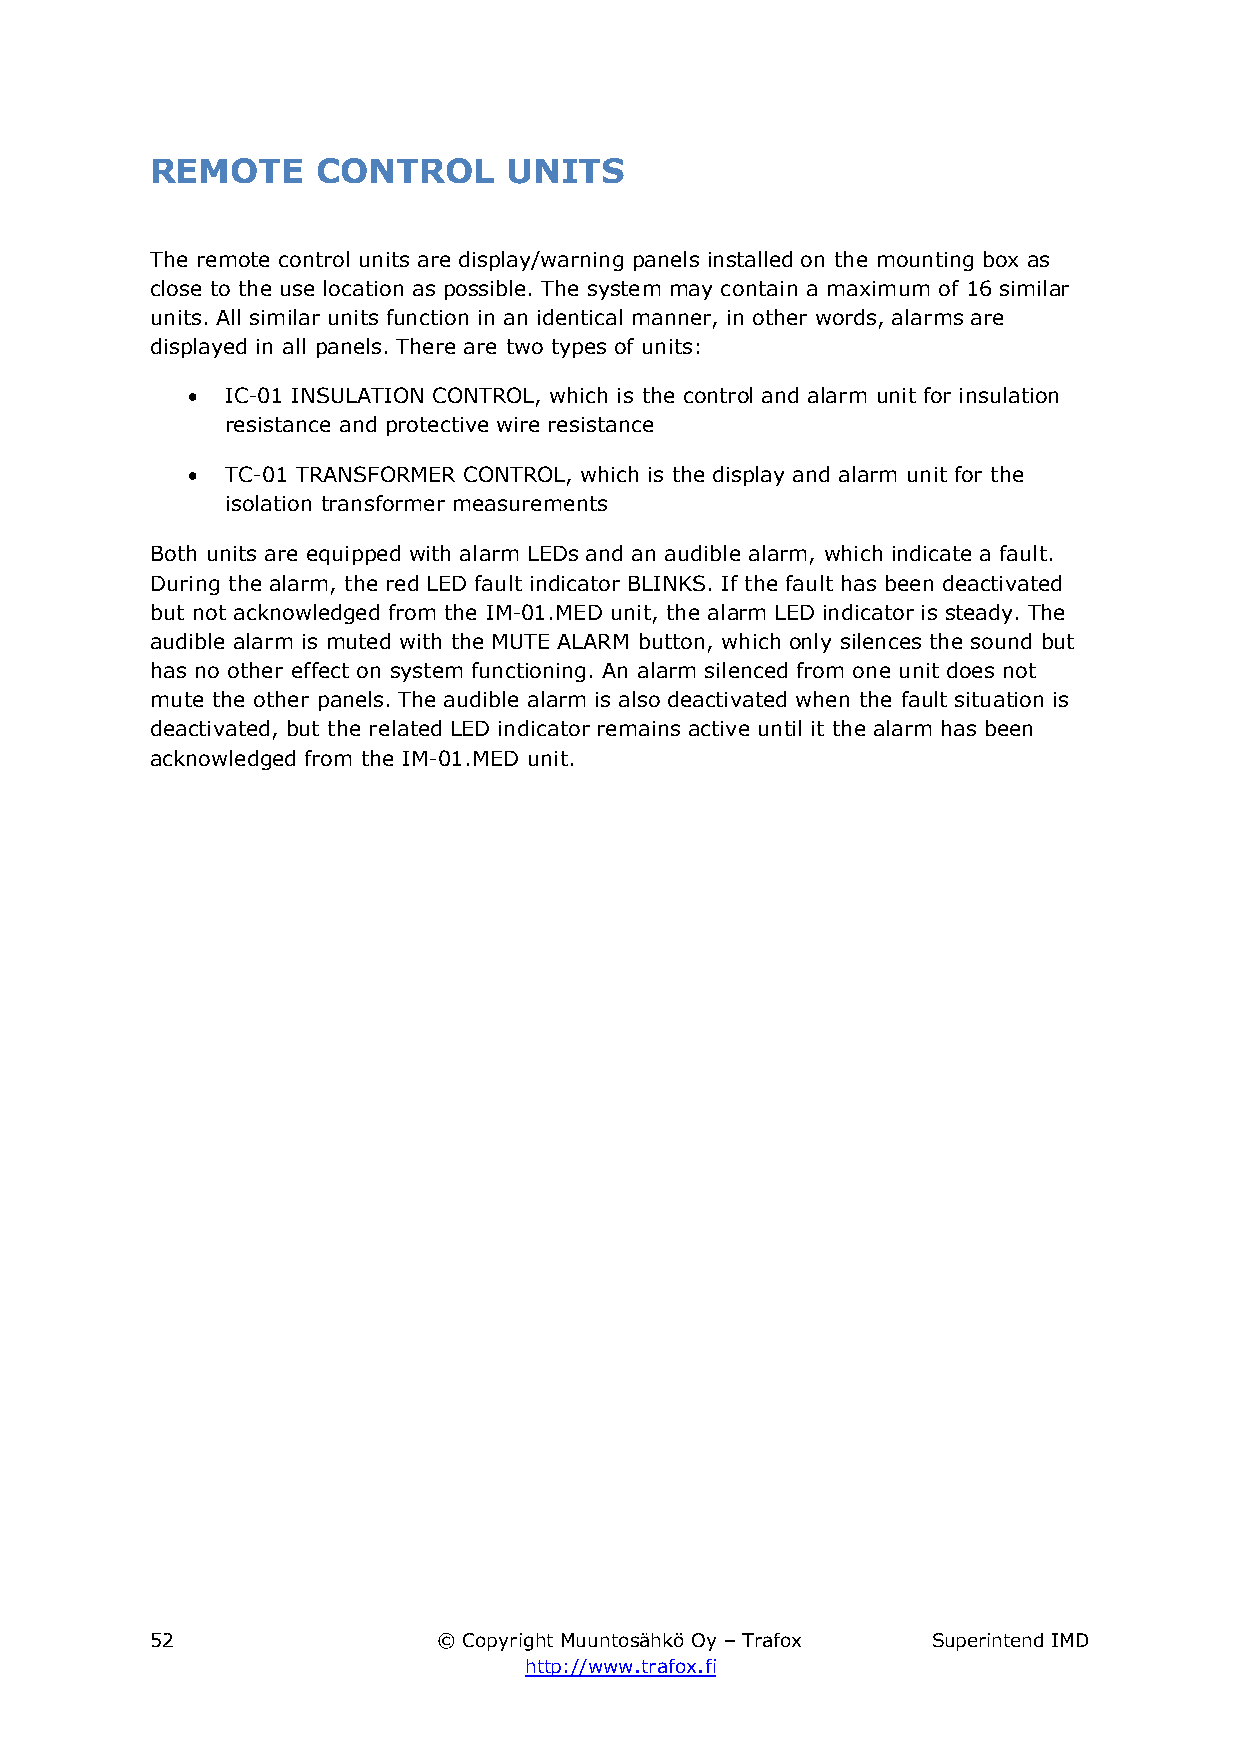
REMOTE     CONTROL     UNITS
 The remote control units are display/warning panels installed on the mounting box as
 close to the use location as possible. The system may contain a maximum of 16 similar
 units. All similar units function in an identical manner, in other words, alarms are
 displayed in all panels. There are two types of units:
   IC-01 INSULATION CONTROL, which is the control and alarm unit for insulation
 resistance and protective wire resistance
   TC-01 TRANSFORMER CONTROL, which is the display and alarm unit for the
 isolation transformer measurements
 Both units are equipped with alarm LEDs and an audible alarm, which indicate a fault.
 During the alarm, the red LED fault indicator BLINKS. If the fault has been deactivated
 but not acknowledged from the IM-01.MED unit, the alarm LED indicator is steady. The
 audible alarm is muted with the MUTE ALARM button, which only silences the sound but
 has no other effect on system functioning. An alarm silenced from one unit does not
 mute the other panels. The audible alarm is also deactivated when the fault situation is
 deactivated, but the related LED indicator remains active until it the alarm has been
 acknowledged from the IM-01.MED unit.
 52                 © Copyright Muuntosähkö Oy – Trafox Superintend IMD
 http://www.trafox.fi